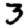
Digit: 3